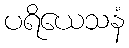
ပရိယေသနံ